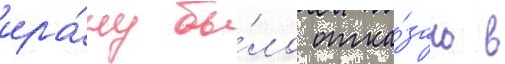
ира́ну бы́ло отка́зано в